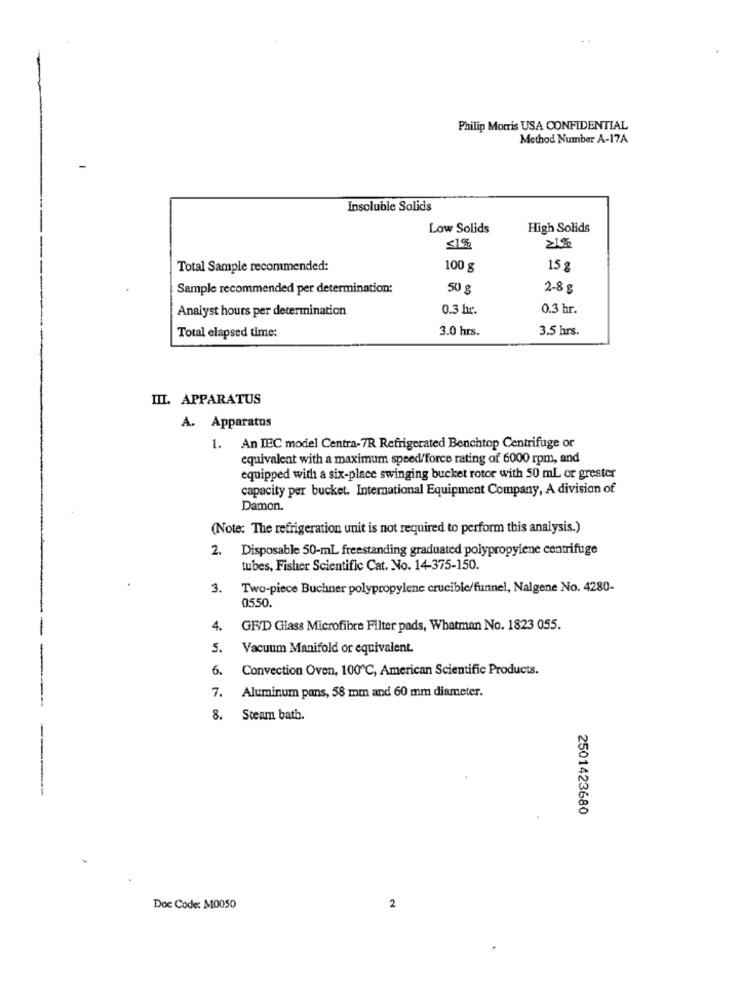
Philip Morris USA CONFIDENTIAL
Method Number A-17A
Insoluble Solids
Low Solids
High Solids
51%
21%
Total Sample recommended:
100 g
15 g
Sample recommended per determination:
50 g
2-8 g
Analyst hours per determination
0.3 hr.
0.3 hr.
3.0 hrs.
3.5 hrs.
Total elapsed time:
III. APPARATUS
A. Apparatus
1. An IEC model Centra-7R Refrigerated Benchtop Centrifuge or
equivalent with a maximum speed/force rating of 6000 rpm, and
equipped with a six-place swinging bucket rotor with 50 mL or greater
capacity per bucket. International Equipment Company, A division of
Damon.
(Note: The refrigeration unit is not required to perform this analysis.)
2.
Disposable 50-mL freestanding graduated polypropylene centrifuge
tubes, Fisher Scientific Cat. No. 14-375-150.
3.
Two-piece Buchner polypropylene crucible/funnel, Nalgene No. 4280-
0550.
4.
GF/D Glass Microfibre Filter pads, Whatman No. 1823 055.
5.
Vacuum Manifold or equivalent.
6.
Convection Oven, 100℃, American Scientific Products.
Aluminum pans, 58 mm and 60 mm diameter.
7.
8.
Steam bath.
2501423680
Doc Code: M0050
2